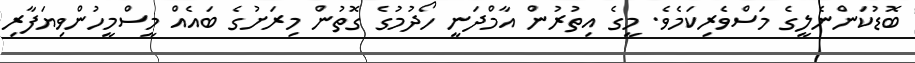
ބޮޑުކަންނެލީގެ މަސްވެރިކަމެވެ. މީގެ އިތުރުން އާމްދަނީ ހޯދުމުގެ ގޮތުން މިރަށުގެ ބައެއް މީސްމީހުންވިޔަފާރި